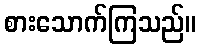
စားသောက်ကြသည်။